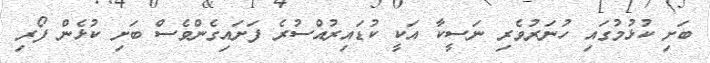
ބަށި ކުޅުމުގައި ހުނަރުވެރި ނަސީކާ އަކީ ކުޑައިރުއްސުރެ ފަށައިގެންވެސް ބަށި ކުޅެން ފޯރި